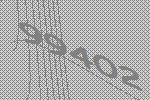
99402